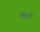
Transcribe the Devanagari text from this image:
पेरेटो